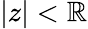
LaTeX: |z|<\mathbb{R}